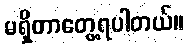
မရှိတာတွေ့ရပါတယ်။